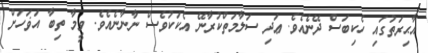
އާޙިރަތުގައި ހެކިބަސް ދޭނެއެވެ. ޢަދި ސަލާމަތްކުރާނޭ އެކަކުވެސް ނާނާނެއެވެ. ވީމާ ތިބާ އަޥަހަށް